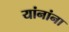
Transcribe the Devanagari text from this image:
यांनांना